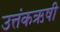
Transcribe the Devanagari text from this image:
उत्तंकऋषी